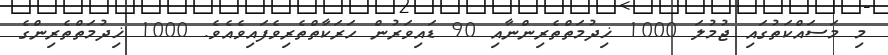
މި މަސައްކަތުގައި ޖުމުލަ 1000 ޚިދުމަތްތެރިންނާއި 90 ޑައިވަރުން ހަރަކާތްތެރިވެފައިވެއެވެ. 1000 ޚިދުމަތްތެރިންގެ